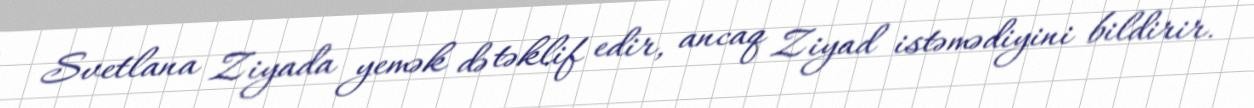
Svetlana Ziyada yemək də təklif edir, ancaq Ziyad istəmədiyini bildirir.